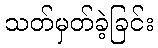
သတ်မှတ်ခဲ့ခြင်း